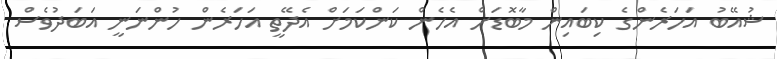
ޝުއޭބު އަހަރެންގެ ކިބައިން މާބޮޑަށް އެހެން ކަންކަމަށް އެދޭތީ އަހަރެން ހުންނަނީ އަބަދުވެސް